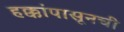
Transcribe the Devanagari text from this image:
हक्कांपासूनची